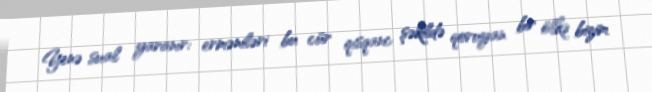
Yenə sual yaranır: erməniləri bu cür qısqanc şəkildə qoruyan bir ölkə bizim